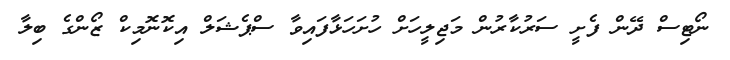
ނޯޓިސް ދޭން ފެށީ ސަރުކާރުން މަޖިލީހަށް ހުށަހަޅާފައިވާ ސްޕެޝަލް އިކޮނޮމިކް ޒޯންގެ ބިލާ